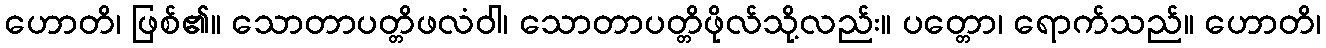
ဟောတိ၊ ဖြစ်၏။ သောတာပတ္တိဖလံဝါ၊ သောတာပတ္တိဖိုလ်သို့လည်း။ ပတ္တော၊ ရောက်သည်။ ဟောတိ၊